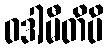
ဝဒါမီတိပိ